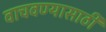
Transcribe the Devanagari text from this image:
वाचवण्‍यासाठी